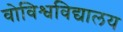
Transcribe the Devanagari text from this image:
वोविश्वविद्यालय